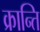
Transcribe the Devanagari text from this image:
क्रान्‍ति